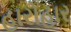
હારોહાર